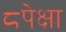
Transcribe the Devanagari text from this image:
८पेक्षा